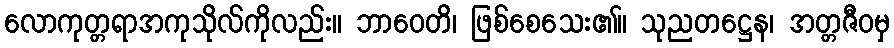
လောကုတ္တရာအကုသိုလ်ကိုလည်း။ ဘာဝေတိ၊ ဖြစ်စေသေး၏။ သုညတဋ္ဌေန၊ အတ္တဇီဝမှ